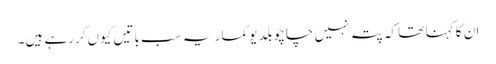
ان کا کہنا تھا کہ پتہ نہیں چاچو بلدیو کمار یہ سب باتیں کیوں کررہے ہیں۔